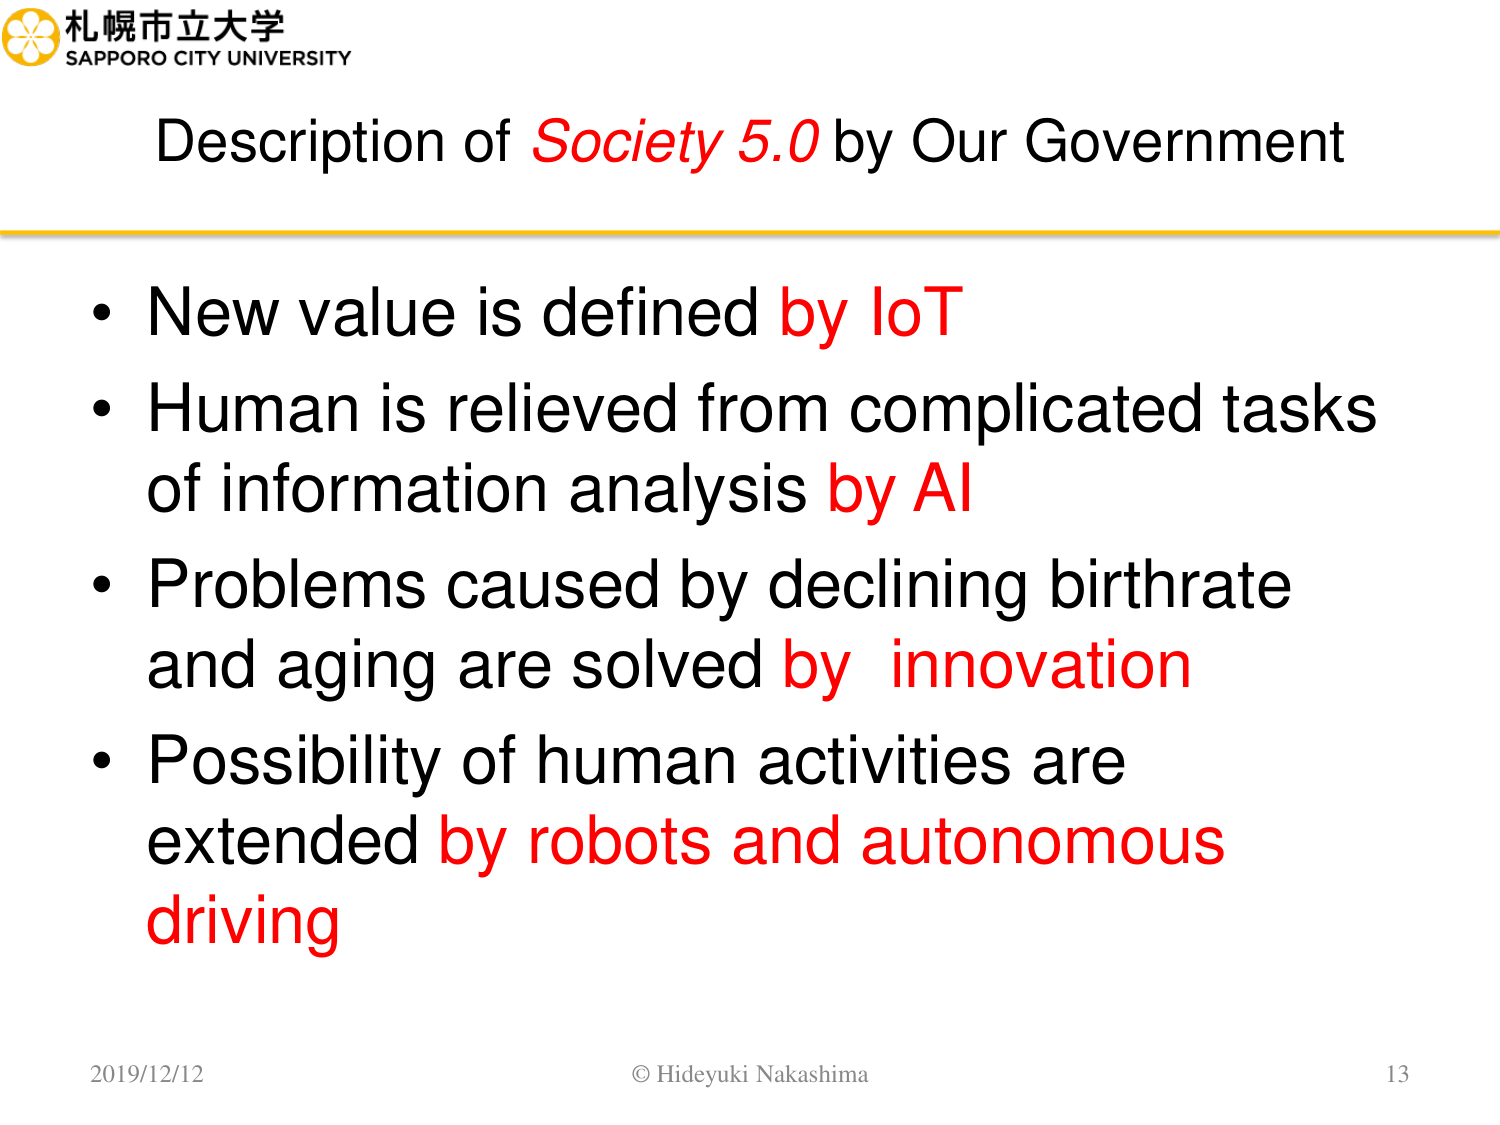
札幌市立大学
SAPPORO CITY UNIVERSITY

Description of Society 5.0 by Our Government

• New value is defined by IoT
• Human is relieved from complicated tasks of information analysis by AI
• Problems caused by declining birthrate and aging are solved by innovation
• Possibility of human activities are extended by robots and autonomous driving

2019/12/12
© Hideyuki Nakashima
13